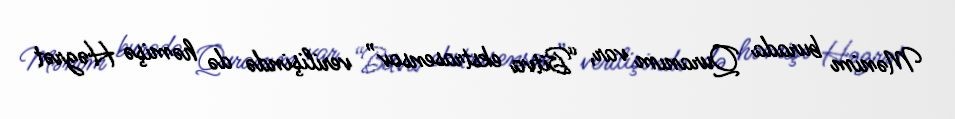
Mənim burada Quranım var, “Bitva ekstrasensov” verilişində də həmişə Həzrət